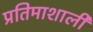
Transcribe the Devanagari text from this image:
प्रतिमाशाली